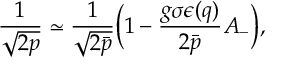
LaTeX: \frac { 1 } { \sqrt { 2 p } } \simeq \frac { 1 } { \sqrt { 2 \bar { p } } } \bigg ( 1 - \frac { g \sigma \epsilon ( q ) } { 2 \bar { p } } A _ { - } \bigg ) ,